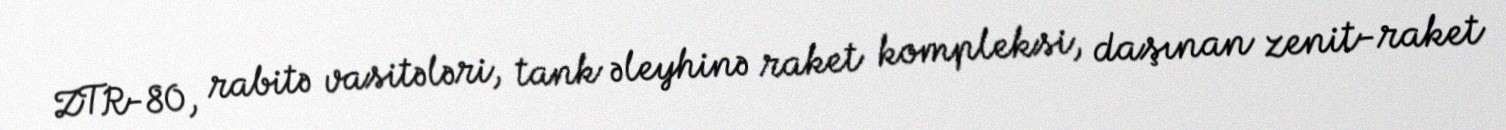
ZTR-80, rabitə vasitələri, tank əleyhinə raket kompleksi, daşınan zenit-raket